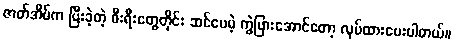
ဇာတ်အိမ်က ပြီးခဲ့တဲ့ စီးရီးတွေတိုင်း ဆင်ပေမဲ့ ကွဲပြားအောင်တော့ လုပ်ထားပေးပါတယ်။